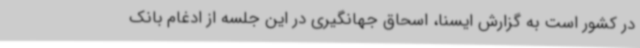
در کشور است به گزارش ایسنا، اسحاق جهانگیری در این جلسه از ادغام بانک